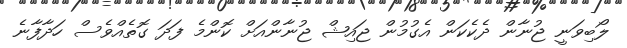
ލޯބިވަނީ ޖުނާން ދެކެކަން އެގުމުން ޖައިޝް ޖުނާންއަށް ކޮންމެ ފަދަ ގޮތެއްވެސް ހަދާފާނެ